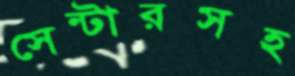
সেন্টারসহ